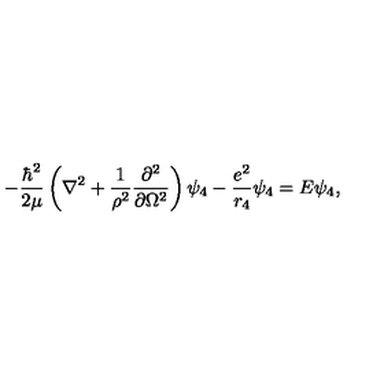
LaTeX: - \frac { \hbar ^ { 2 } } { 2 \mu } \left( \nabla ^ { 2 } + \frac { 1 } { \rho ^ { 2 } } \frac { \partial ^ { 2 } } { \partial \Omega ^ { 2 } } \right) \psi _ { 4 } - \frac { e ^ { 2 } } { r _ { 4 } } \psi _ { 4 } = E \psi _ { 4 } ,